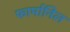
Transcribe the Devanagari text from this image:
फार्मानिल